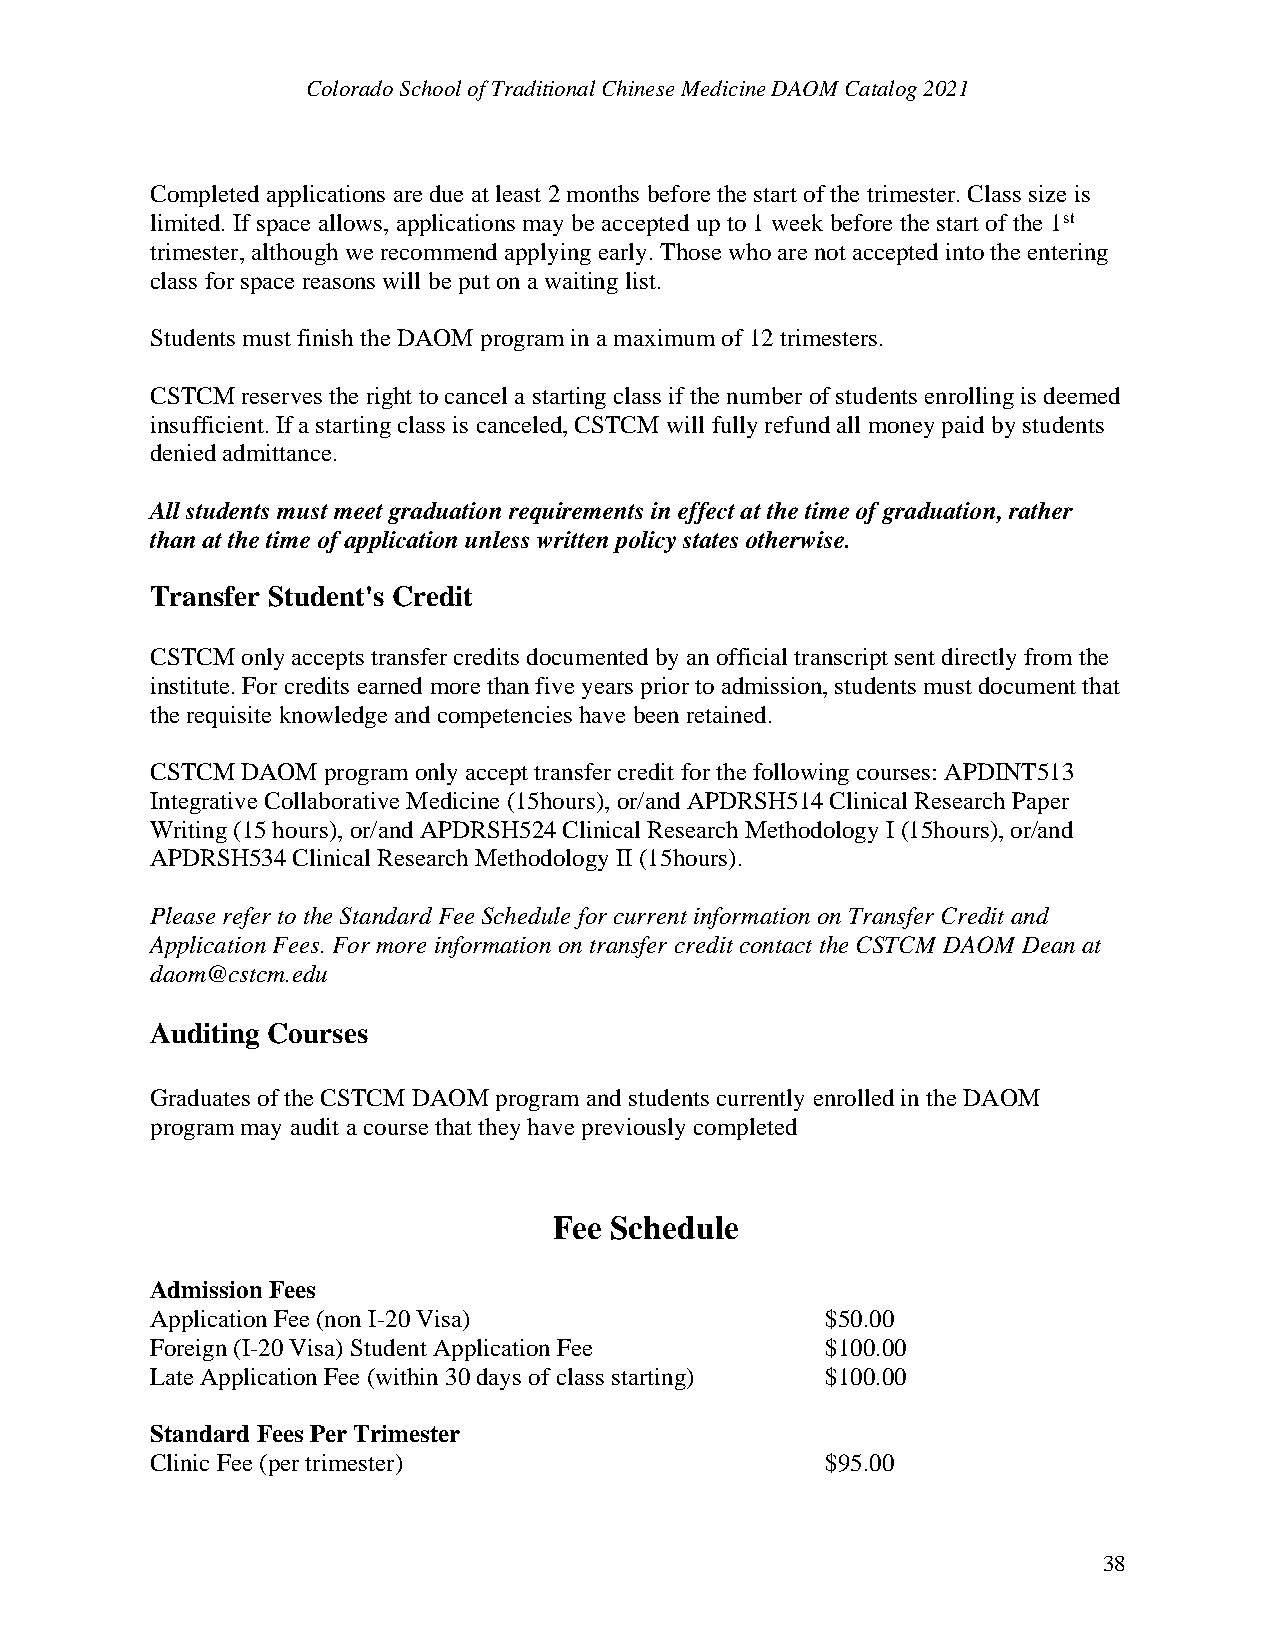
Colorado School of Traditional Chinese Medicine DAOM Catalog 2021
 Completed applications are due at least 2 months before the start of the trimester. Class size is
 limited. If space allows, applications may be accepted up to 1 week before the start of the 1st
 trimester, although we recommend applying early. Those who are not accepted into the entering
 class for space reasons will be put on a waiting list.
 Students must finish the DAOM program in a maximum of 12 trimesters.
 CSTCM reserves the right to cancel a starting class if the number of students enrolling is deemed
 insufficient. If a starting class is canceled, CSTCM will fully refund all money paid by students
 denied admittance.
 All students must meet graduation requirements in effect at the time of graduation, rather
 than at the time of application unless written policy states otherwise.
 Transfer Student's Credit
 CSTCM only accepts transfer credits documented by an official transcript sent directly from the
 institute. For credits earned more than five years prior to admission, students must document that
 the requisite knowledge and competencies have been retained.
 CSTCM DAOM program only accept transfer credit for the following courses: APDINT513
 Integrative Collaborative Medicine (15hours), or/and APDRSH514 Clinical Research Paper
 Writing (15 hours), or/and APDRSH524 Clinical Research Methodology I (15hours), or/and
 APDRSH534 Clinical Research Methodology II (15hours).
 Please refer to the Standard Fee Schedule for current information on Transfer Credit and
 Application Fees. For more information on transfer credit contact the CSTCM DAOM Dean at
 daom@cstcm.edu
 Auditing Courses
 Graduates of the CSTCM DAOM program and students currently enrolled in the DAOM
 program may audit a course that they have previously completed
 Fee Schedule
 Admission Fees
 Application Fee (non I-20 Visa)              $50.00
 Foreign (I-20 Visa) Student Application Fee  $100.00
 Late Application Fee (within 30 days of class starting) $100.00
 Standard Fees Per Trimester
 Clinic Fee (per trimester)                   $95.00
 38